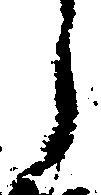
う